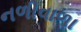
નળીવાળા